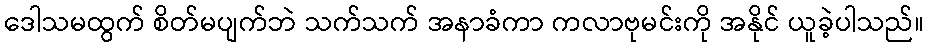
ဒေါသမထွက် စိတ်မပျက်ဘဲ သက်သက် အနာခံကာ ကလာဗုမင်းကို အနိုင် ယူခဲ့ပါသည်။